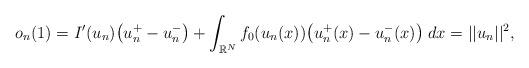
LaTeX: \begin{align*}o_n(1) = I'(u_n)\big(u_n^+ - u_n^-\big) + \int_{\mathbb{R}^N}f_0(u_n(x))\big(u_n^+(x) - u_n^-(x)\big)\;dx = ||u_n||^2,\end{align*}